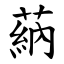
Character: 蒳